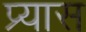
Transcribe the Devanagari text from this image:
प्र्यास